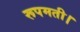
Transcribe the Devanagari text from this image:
रूपमती।